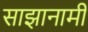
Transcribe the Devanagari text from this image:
साझानामी